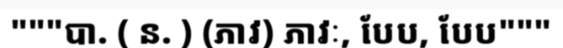
"""បា. ( ន. ) (ភាវ) ភាវៈ, បែប, បែប"""